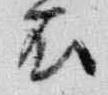
衣